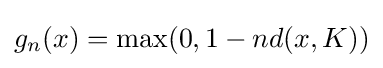
g_{n}(x)=\max(0,{1-nd(x,K)})